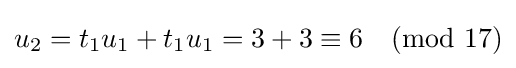
u_{2}=t_{1}u_{1}+t_{1}u_{1}=3+3\equiv 6{\pmod {17}}